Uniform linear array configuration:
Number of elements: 64
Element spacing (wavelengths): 0.75
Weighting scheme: kaiser
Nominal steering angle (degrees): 45
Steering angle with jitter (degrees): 43.233
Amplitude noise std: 0.05
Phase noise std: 0.05

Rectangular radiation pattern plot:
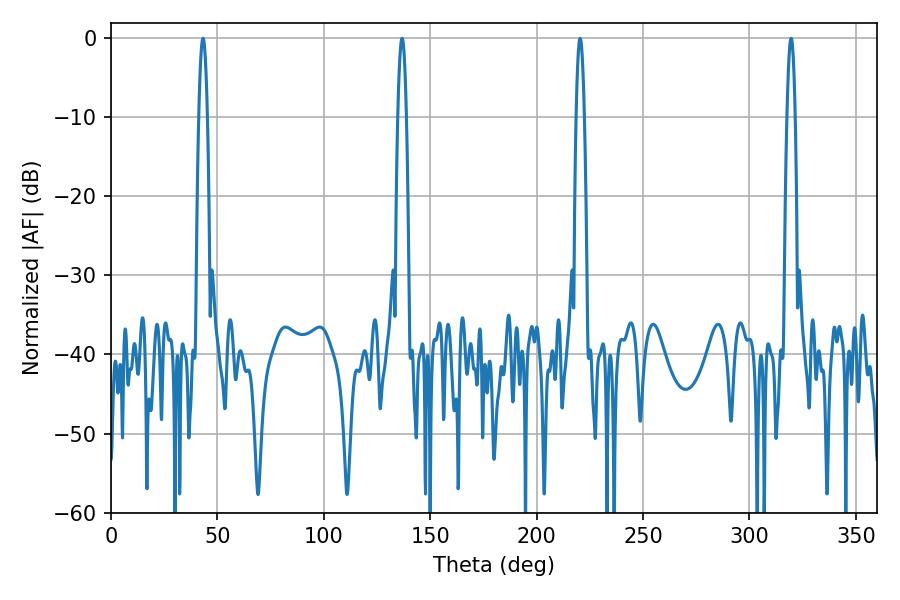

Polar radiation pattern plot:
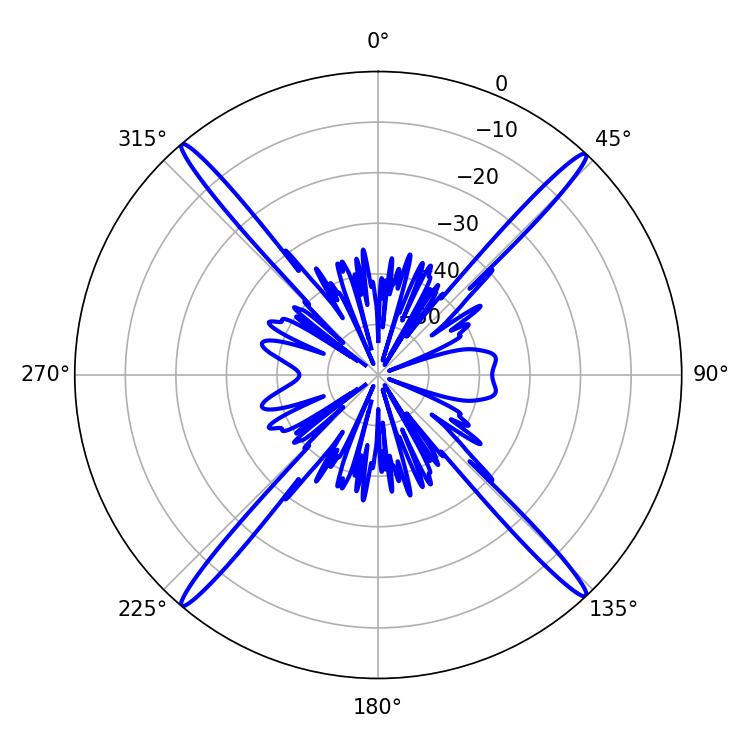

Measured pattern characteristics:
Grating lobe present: TRUE
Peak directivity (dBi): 25.648
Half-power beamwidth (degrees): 2.16
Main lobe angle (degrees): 43.2